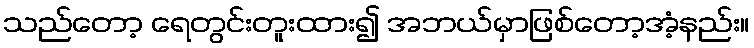
သည်တော့ ရေတွင်းတူးထား၍ အဘယ်မှာဖြစ်တော့အံ့နည်း။